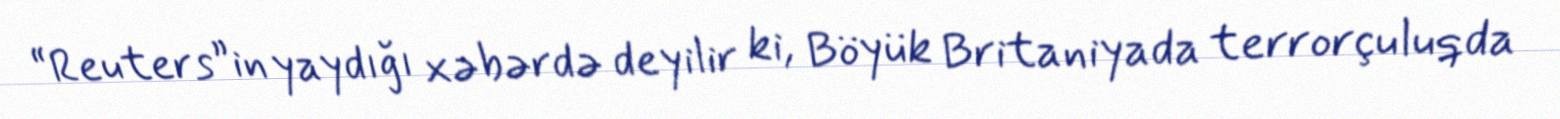
“Reuters”in yaydığı xəbərdə deyilir ki, Böyük Britaniyada terrorçuluqda